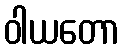
ဝါယတော